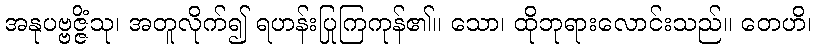
အနုပဗ္ဗဇ္ဇိံသု၊ အတူလိုက်၍ ရဟန်းပြုကြကုန်၏။ သော၊ ထိုဘုရားလောင်းသည်။ တေဟိ၊